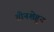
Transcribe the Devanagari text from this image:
तीनशेहुन